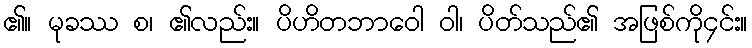
၏။ မုခဿ စ၊ ၏လည်း။ ပိဟိတဘာဝေါ ဝါ၊ ပိတ်သည်၏ အဖြစ်ကို၄င်း။